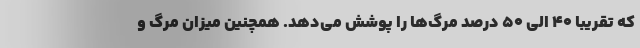
که تقریبا ۴۰ الی ۵۰ درصد مرگ‌ها را پوشش می‌دهد. همچنین میزان مرگ و